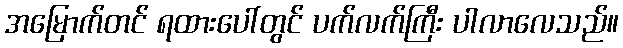
အမြောက်တင် ရထားပေါ်တွင် ပက်လက်ကြီး ပါလာလေသည်။